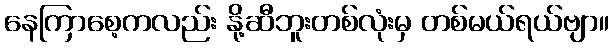
နေကြာစေ့ကလည်း နို့ဆီဘူးတစ်လုံးမှ တစ်မယ်ရယ်ဗျာ။